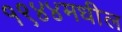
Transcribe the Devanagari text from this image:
१९४४मधील